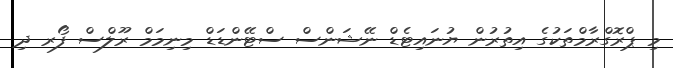
މި ޕްރޮގްރާމްތަކުގެ އިތުރުން ޔުނައިޓެޑް ނޭޝަންސް ސްޓޭންޑަޑް މިނިމަމް ރޫލްސް ފޯރ ދި